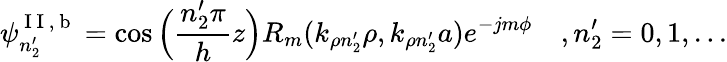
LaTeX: \psi_{n_{2}^{\prime}}^{\mathrm{~I~I~,~b~}}=\cos\Big(\frac{n_{2}^{\prime}\pi}{h}z\Big)R_{m}(k_{\rho n_{2}^{\prime}}\rho,k_{\rho n_{2}^{\prime}}a)e^{-jm\phi}\quad,n_{2}^{\prime}=0,1,...